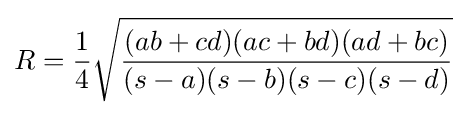
R={\frac {1}{4}}{\sqrt {\frac {(ab+cd)(ac+bd)(ad+bc)}{(s-a)(s-b)(s-c)(s-d)}}}